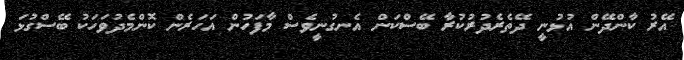
އޭރު ކާންދޭން އުޅުނީ ދޭތެރެދުރުކުރާ ބޭސްކަން އެނގުނީވެސް މާފަހުން އަހަރެން ކޮންމެދުވަހަކު ބޭސްގުޅަ